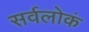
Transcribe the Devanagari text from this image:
सर्वलोकं